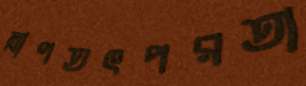
ত্রাণতৎপরতা